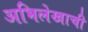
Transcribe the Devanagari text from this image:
अभिलेखाची